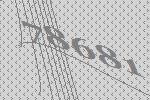
78681